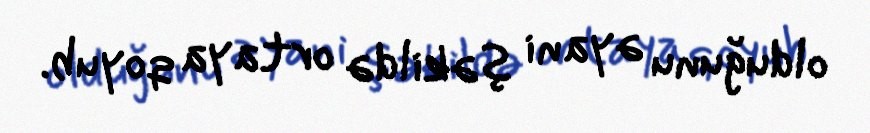
olduğunu əyani şəkildə ortaya qoyub.